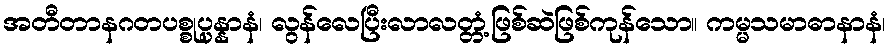
အတီတာနဂတပစ္စုပ္ပန္နာနံ၊ လွန်လေပြီးလာလတ္တံ့ဖြစ်ဆဲဖြစ်ကုန်သော။ ကမ္မသမာဓာနာနံ၊